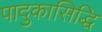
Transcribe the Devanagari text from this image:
पादुकासिद्धि